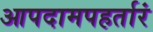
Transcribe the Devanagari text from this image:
आपदामपहर्तारं